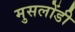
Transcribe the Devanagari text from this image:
मुसलोंडी